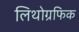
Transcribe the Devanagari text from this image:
लिथोग्रफिक